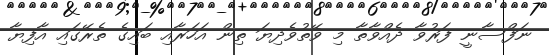
ނަފްސާނީ ފަރުވާ ދެއްވާތާ މި ވޭތުވެދިޔަ ތިން އަހަރާއި ބައިގެ ތެރޭގައި އާފިޔާ